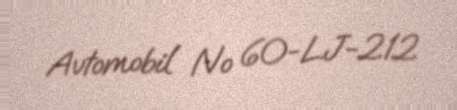
Avtomobil № 60-LJ-212